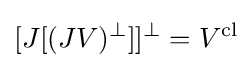
[J[(JV)^{\perp }]]^{\perp }=V^{\text{cl}}